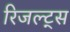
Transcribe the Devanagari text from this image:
रिजल्ट्स